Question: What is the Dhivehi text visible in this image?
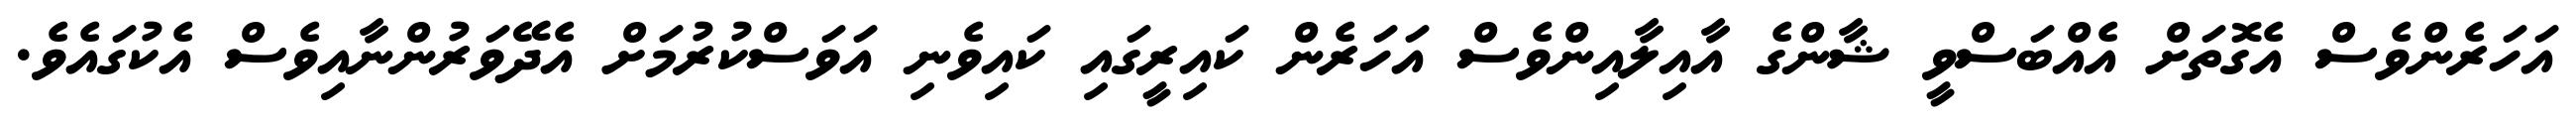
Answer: އަހަރެންވެސް އެގޮތަށް އެއްބަސްވީ ޝާންގެ އާއިލާއިންވެސް އަހަރެން ކައިރީގައި ކައިވެނި އަވަސްކުރުމަށް އެދޭވަރުންނާއިވެސް އެކުގައެވެ.